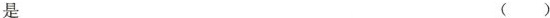
是 ()